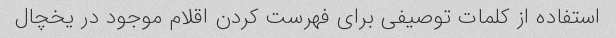
استفاده از کلمات توصیفی برای فهرست کردن اقلام موجود در یخچال